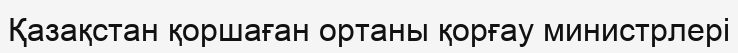
Қазақстан қоршаған ортаны қорғау министрлері